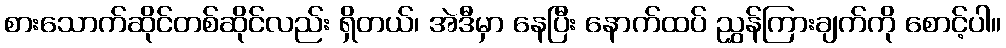
စားသောက်ဆိုင်တစ်ဆိုင်လည်း ရှိတယ်၊ အဲဒီမှာ နေပြီး နောက်ထပ် ညွှန်ကြားချက်ကို စောင့်ပါ။